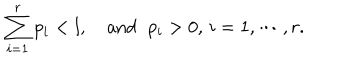
\sum _ { i = 1 } ^ { r } p _ { i } < l , \, \, \, \, \, \, \mathrm { a n d } \, \, \ p _ { i } > 0 , \, i = 1 , \cdots , r .